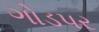
ગોડપર